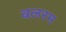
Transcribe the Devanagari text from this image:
बलरम